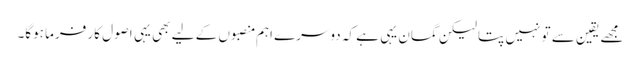
مجھے یقین سے تو نہیں پتا لیکن گمان یہی ہے کہ دوسرے اہم منصبوں کے لیے بھی یہی اصول کار فرما ہوگا۔